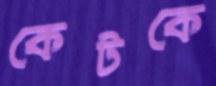
কেটকে